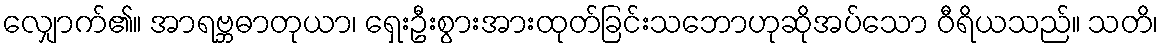
လျှောက်၏။ အာရဗ္ဘဓာတုယာ၊ ရှေးဦးစွားအားထုတ်ခြင်းသဘောဟုဆိုအပ်သော ဝီရိယသည်။ သတိ၊